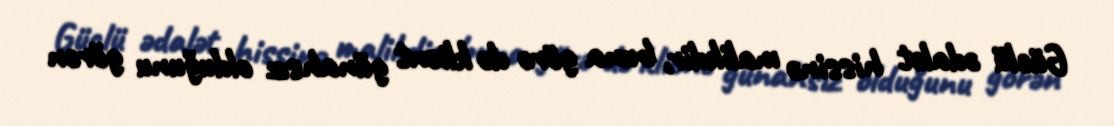
Güclü ədalət hissinə malikdir, buna görə də klient günahsız olduğunu görən